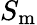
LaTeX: S_{\mathrm{m}}